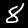
Digit: 8